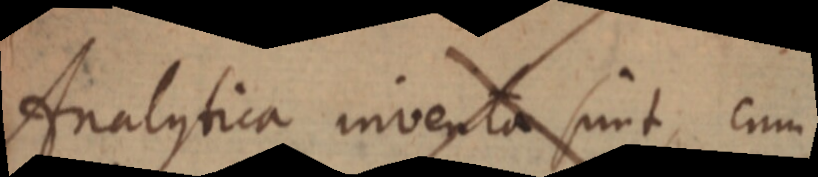
Analytica inventa sunt, cum